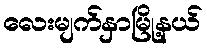
လေးမျက်နှာမြို့နယ်